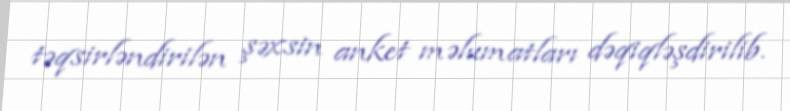
təqsirləndirilən şəxsin anket məlumatları dəqiqləşdirilib.